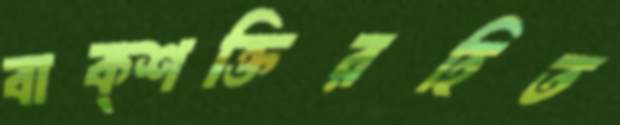
বাক্শক্তিরহিত